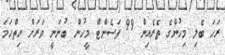
ރަހަ ބެލި މިހުންގެ ތެރެއިން 99 ޕަސެންޓް މީހުން ބުނަނީ ވަރަށް ހިތްހަމަ